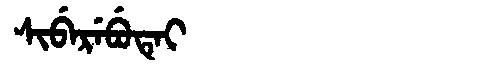
Manchu: ᠰᡳᠪᡝᡵᡝᠪᡠᡨᡝᡳ
Romanization: SIBEREBUTEI